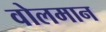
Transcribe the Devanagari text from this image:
वोलमान